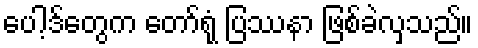
ပေါ့ဒ်တွေက တော်ရုံ ပြဿနာ ဖြစ်ခဲလှသည်။